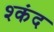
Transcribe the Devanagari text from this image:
श्कंद